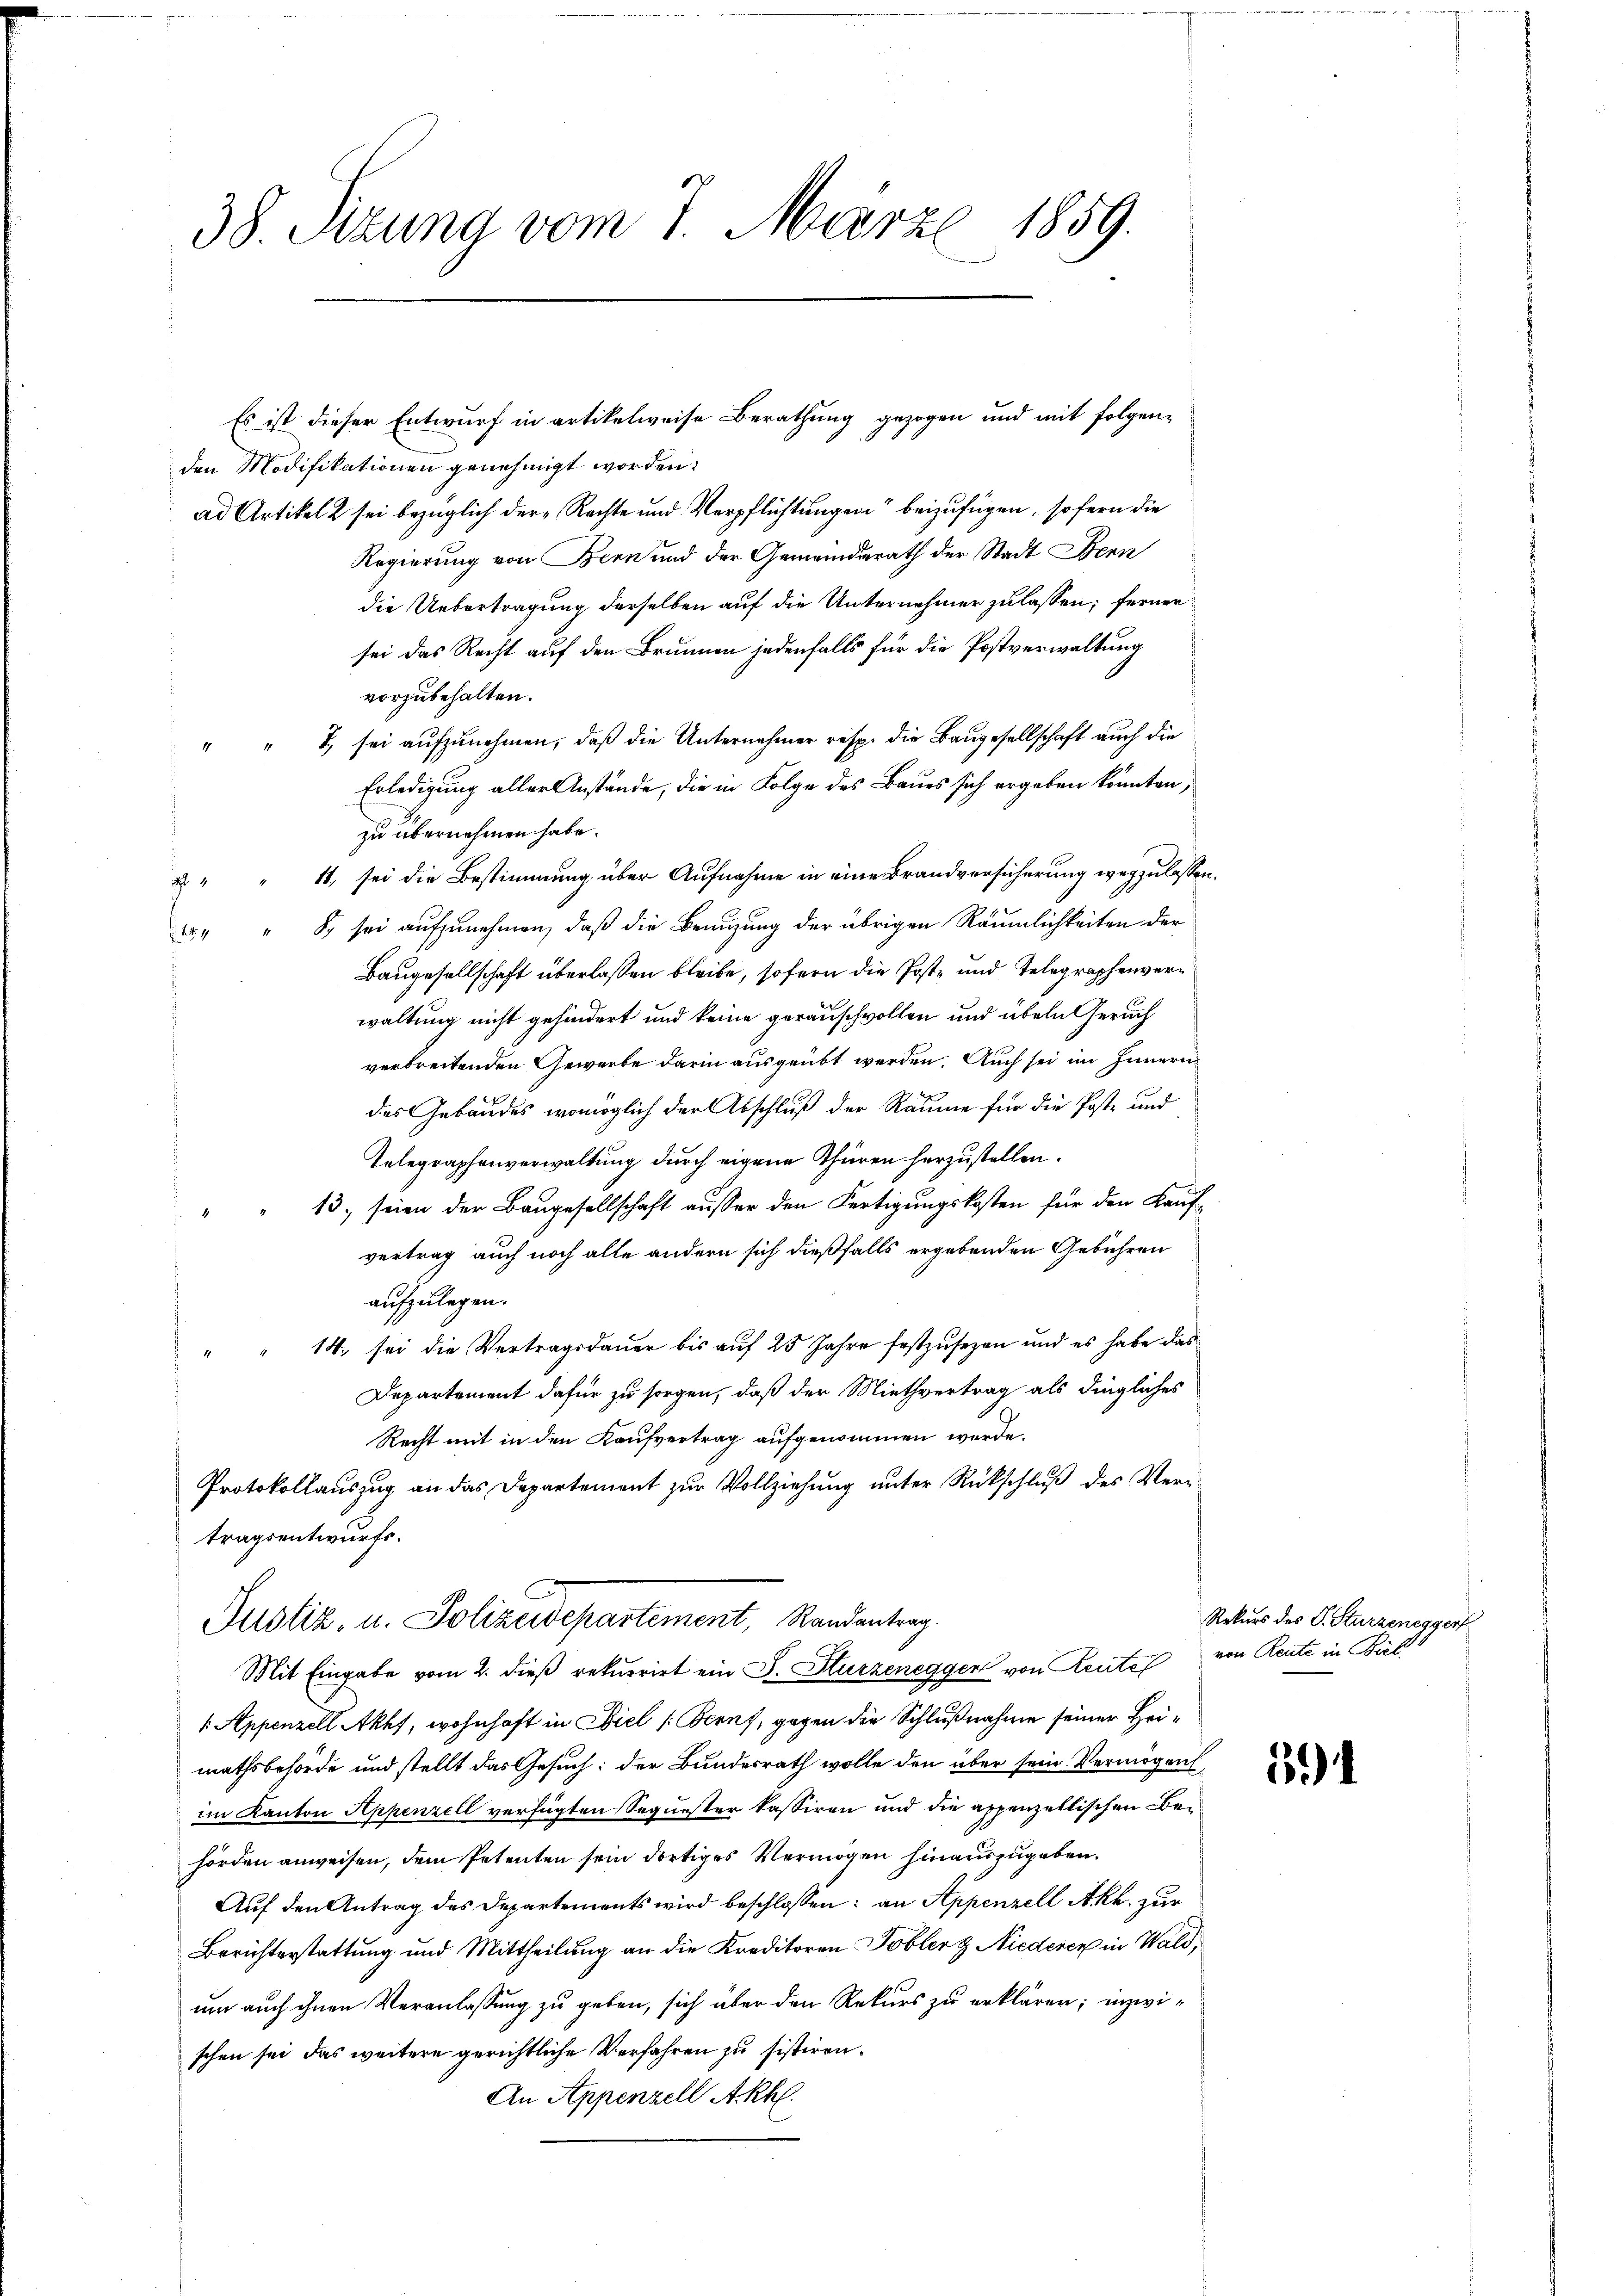
38. Sizung vom 7. März 1859.

den Modifikationen genehmigt worden.
ad Artikel 2 sei bezüglich der Rechte und Verpflichtungen beizufügen, sofern die
Regierung von Bern und der Gemeinderath der Stadt Bern
die Uebertragung derselben auf die Unternehmer zu lassen; ferner
sei das Recht auf den Brunnen jedenfalls für die Postverwaltung
vorzubehalten.
" T, sei aufzunehmen, daß die Unternehmer resp. die Baugesellschaft auch die
Erledigung aller Anstände, die in Folge des Baues sich ergeben könnten,
zu übernehmen habe.
11, sei die Bestimmung über Aufnahme in eine Brandversicherung wegzulassen.
4
 " " S. sei aŭfzŭnehmen, daβ die Benŭtzŭng der übrigen Räumlichkeiten der
Baugesellschaft überlassen bleibe, sofern die Poste und Telegraphenverwaltung nicht gehindert und keine gerauschvollen und übeln Geruch
verbreitenden Gewerbe darin ausgeübt werden. Auch sei im Innern
des Gebäudes womöglich der Abschluß der Räume für die Poste und
Telegraphenverwaltung durch eigene Thüren herzustellen.
13, seien der Baugesellschaft ausser den Fertigungskosten für den Kauf-
4
vertrag auch noch alle andern sich dießfalls ergebenden Gebühren
aufzulegen.
14., sei die Vertragsdauer bis auf 25 Jahre festzusezen und es habe das
Departement dafür zu sorgen, daß der Miethvertrag als dingliches
Recht mit in den Kaufvertrag aufgenommen werde.
Protokollauszug an das Departement zur Vollziehung unter Rückschlŭβ des Vertragsentwurfs.
Justiz, u. Polizeidepartement, Randantrag.
Mit Eingabe vom 2. dieß rekurrirt ein J. Sturzenegger von Reute
 Appenzell Akhf, wohnhaft in Ziel (Bern, gegen die Schlußnahme seiner Heimathsbehörde und stellt das Gesuch: der Bundesrath wolle den über sein Vermögen,
im Kanton Appenzell verfügten Sequister kassiren und die appenzellischen Behörden anweisen, dem Petenten sein dortiges Vermögen hinauszugeben.
Auf den Antrag des Departements wird beschlossen: an Appenzell Akh. zur
Berichterstattung und Mittheilung an die Kreditoren Tobler & Niederen in Wald,
um auch ihnen Veranlassung zu geben, sich über den Rekurs zu erklären; inzwischen sei, das weitere gerichtliche Verfahren zu sistiren.
An Appenzell Akhl.

Es ist dieser Entwurf in artikelweise Berathung gezogen und mit folgen-

Rekurs des P. Sturzeneggers
von Reute in Bil

3